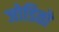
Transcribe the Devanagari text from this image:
जोडितो